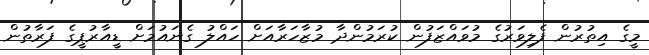
މީގެ އިތުރުން ފެލިވަރުގެ މުވައްޒަފުން ކުރަމުންދާ މުޒާހަރާއަށް ހައްލު ގެނައުމަށް ޑީއާރުޕީގެ ފަރާތުން